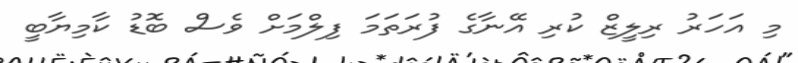
މި އަހަރު ރިލީޒް ކުރި އޭނާގެ ފުރަތަމަ ފިލްމަށް ވެސް ބޮޑު ކާމިޔާބީ